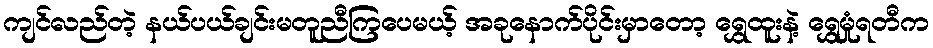
ကျင်လည်တဲ့ နယ်ပယ်ချင်းမတူညီကြပေမယ့် အခုနောက်ပိုင်းမှာတော့ ရွှေထူးနဲ့ ရွှေမှုံရတီက